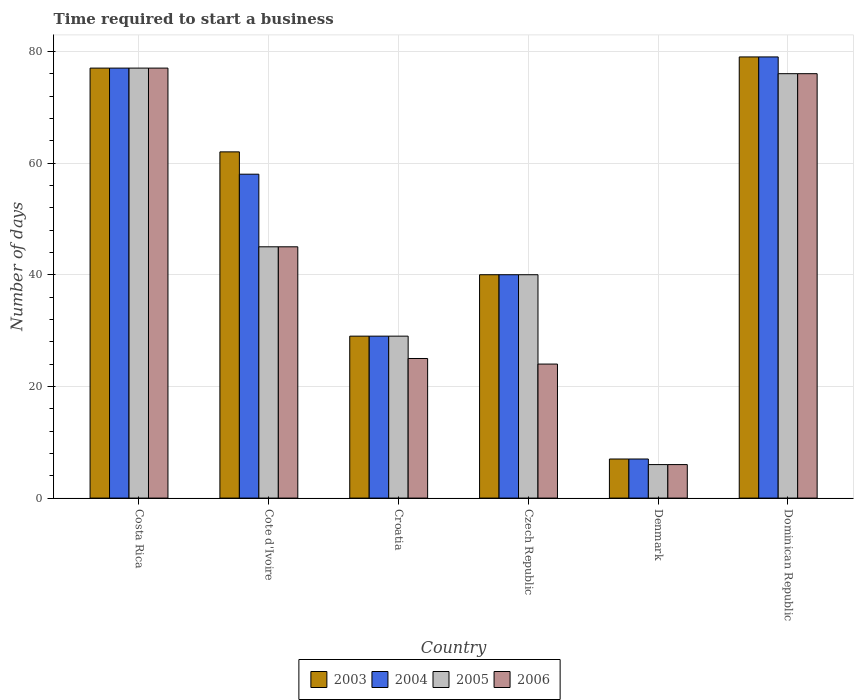
| Country | 2003 | 2004 | 2005 | 2006 |
 | --- | --- | --- | --- | --- |
 | Costa Rica | 77 | 77 | 77 | 77 |
 | Cote d'Ivoire | 62 | 58 | 45 | 45 |
 | Croatia | 29 | 29 | 29 | 25 |
 | Czech Republic | 40 | 40 | 40 | 24 |
 | Denmark | 7 | 7 | 6 | 6 |
 | Dominican Republic | 79 | 79 | 76 | 76 |